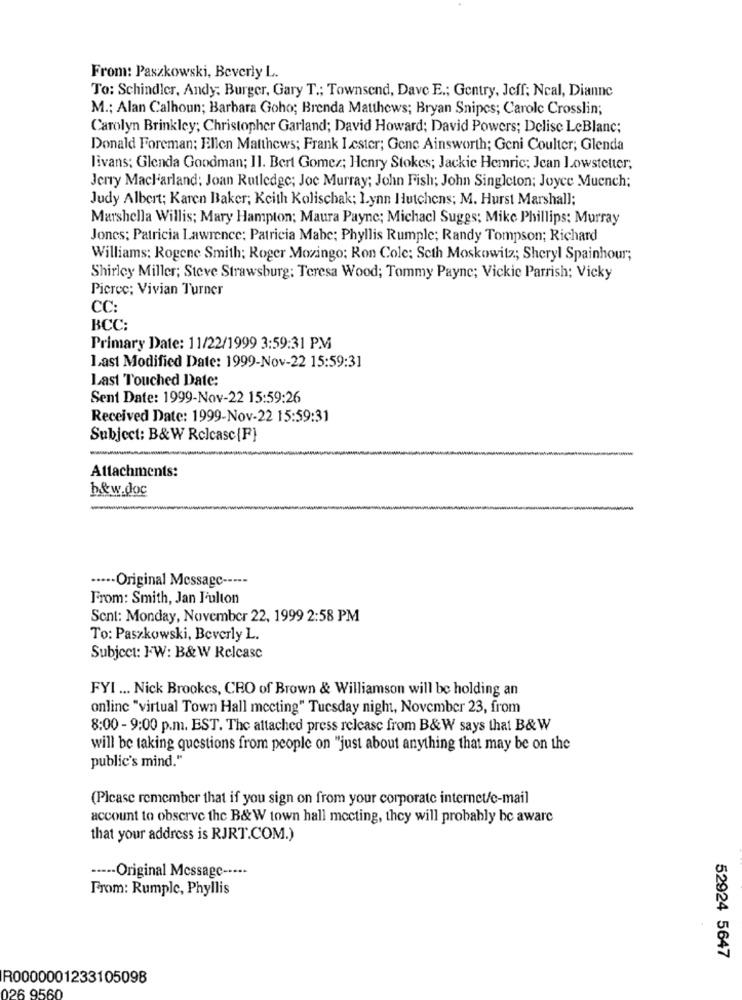
From: Paszkowski, Beverly L.
To: Schindler, Andy; Burger, Gary T .; Townsend, Dave E .; Gentry, Jeff; Ncal, Dianne
M .; Alan Calhoun; Barbara Goho; Brenda Matthews; Bryan Snipes; Carole Crosslin;
Carolyn Brinkley; Christopher Garland; David Howard; David Powers; Delise LeBlanc;
Donald Foreman; Ellen Matthews; Frank I ester; Gene Ainsworth; Geni Coulter; Glenda
livans: Glenda Goodman; 11. Bert Gomez; Henry Stokes; Jackie Hemric; Jean Lowstetter;
Jerry Maclarland: Joan Rutledge; Joc Murray; John Fish; John Singleton; Joyce Muench;
Judy Albert; Karen Baker; Keith Kolischak; Lynn Hutchens; M. Hurst Marshall:
Marshella Willis; Mary Hampton; Maura Payne; Michacl Suggs; Mike Phillips: Murray
Jones: Patricia Lawrence; Patricia Mabe; Phyllis Rumple; Randy Tompson; Richard
Williams: Rogene Smith: Roger Movingo; Ron Cole: Seth Moskowitz; Sheryl Spainhour;
Shirley Miller; Steve Strawsburg: Teresa Wood; Tommy Payne; Vickie Parrish; Vicky
Picrec; Vivian Turner
CC:
BCC:
Primary Date: 11/22/1999 3:59:31 PM
Last Modified Date: 1999-Nov-22 15:59:31
Last Touched Date:
Sent Date: 1999-Nov-22 15:59:26
Received Date: 1999-Nov-22 15:59:31
Subject: B&W Relcase {F}
Attachments:
b&w.doc
-
····· Original Message -----
From: Smith, Jan J'ulton
Sent: Monday, November 22, 1999 2:58 PM
To: Paszkowski, Beverly L.
Subject: FW: B&W Release
FYI ... Nick Brookes, CRO of Brown & Williamson will be holding an
online "virtual Town Hall meeting" Tuesday night, November 23, from
8:00 - 9:00 p.m. EST. The attached press release from B&W says that B& W
will be taking questions from people on "just about anything that may be on the
public's mind."
(Please remember that if you sign on from your corporate internet/e-mail
account to observe the B&W town hall meeting, they will probably be aware
that your address is RJRT.COM.)
----- Original Message -····
From: Rumple, Phyllis
52924 5647
R0000001233105098
026 9560